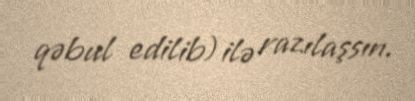
qəbul edilib) ilə razılaşsın.